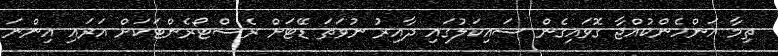
ތިމާ އަންހެންކުއްޖާ ގޮވައިގެން ސައިކަލުގައި ދާއިރު ނުވަތަ ޑޭޓަށް ރެސްޓޯރެންޓަކަށް އަރައި އިންނަ